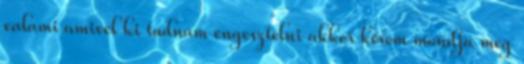
valami amivel ki tudnám engesztelni akkor kérem mondja meg